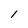
Character: 1